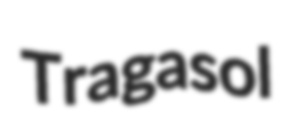
Tragasol